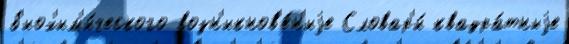
б'иох'им'и́ческого возн'икнов'е́н'иjе Словар'и́ квадра́тныjе